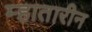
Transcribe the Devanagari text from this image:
म्हातारीन